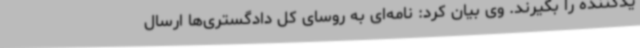
یدکننده را بگیرند. وی بیان کرد: نامه‌ای به روسای کل دادگستری‌ها ارسال